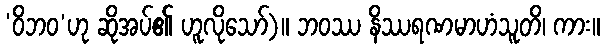
‘ဝိဘဝ’ဟု ဆိုအပ်၏ ဟူလိုသော်)။ ဘဝဿ နိဿရဏမာဟံသူတိ၊ ကား။